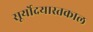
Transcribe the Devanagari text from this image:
सूर्योदयास्तकाल